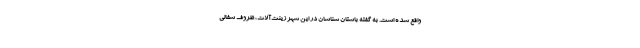
واقع شده است. به گفته باستان شناسان در این شهر زینت‌آلات، ظروف سفالی